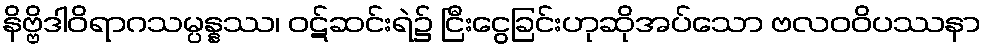
နိဗ္ဗိဒါဝိရာဂသမ္ပန္နဿ၊ ဝဋ်ဆင်းရဲ၌ ငြီးငွေခြင်းဟုဆိုအပ်သော ဗလဝဝိပဿနာ